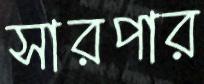
সারপার